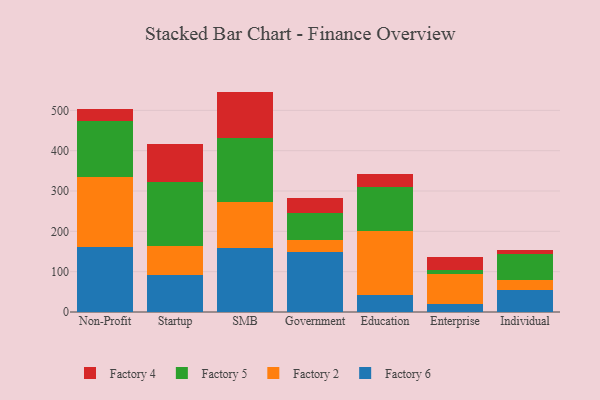
{"axis": {"x": "Segment", "y": "Operating Costs (USD K)"}, "legend": ["Factory 2", "Factory 4", "Factory 5", "Factory 6"], "data": [{"x": "Non-Profit", "y": 161.7, "type": "Factory 6"}, {"x": "Non-Profit", "y": 173.3, "type": "Factory 2"}, {"x": "Non-Profit", "y": 139.8, "type": "Factory 5"}, {"x": "Non-Profit", "y": 27.7, "type": "Factory 4"}, {"x": "Startup", "y": 90.7, "type": "Factory 6"}, {"x": "Startup", "y": 73.9, "type": "Factory 2"}, {"x": "Startup", "y": 156.9, "type": "Factory 5"}, {"x": "Startup", "y": 94.1, "type": "Factory 4"}, {"x": "SMB", "y": 158.2, "type": "Factory 6"}, {"x": "SMB", "y": 113.9, "type": "Factory 2"}, {"x": "SMB", "y": 158.7, "type": "Factory 5"}, {"x": "SMB", "y": 115.7, "type": "Factory 4"}, {"x": "Government", "y": 149.9, "type": "Factory 6"}, {"x": "Government", "y": 27.6, "type": "Factory 2"}, {"x": "Government", "y": 68.1, "type": "Factory 5"}, {"x": "Government", "y": 37.7, "type": "Factory 4"}, {"x": "Education", "y": 42.5, "type": "Factory 6"}, {"x": "Education", "y": 158.6, "type": "Factory 2"}, {"x": "Education", "y": 108.1, "type": "Factory 5"}, {"x": "Education", "y": 31.9, "type": "Factory 4"}, {"x": "Enterprise", "y": 21.0, "type": "Factory 6"}, {"x": "Enterprise", "y": 73.3, "type": "Factory 2"}, {"x": "Enterprise", "y": 10.9, "type": "Factory 5"}, {"x": "Enterprise", "y": 30.4, "type": "Factory 4"}, {"x": "Individual", "y": 53.6, "type": "Factory 6"}, {"x": "Individual", "y": 24.6, "type": "Factory 2"}, {"x": "Individual", "y": 66.6, "type": "Factory 5"}, {"x": "Individual", "y": 8.2, "type": "Factory 4"}]}